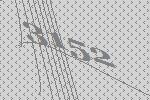
3152